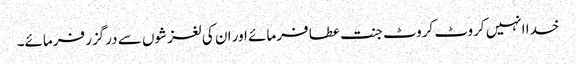
خدا انہیں کروٹ کروٹ جنت عطا فرمائے اور ان کی لغزشوں سے درگزر فرمائے۔